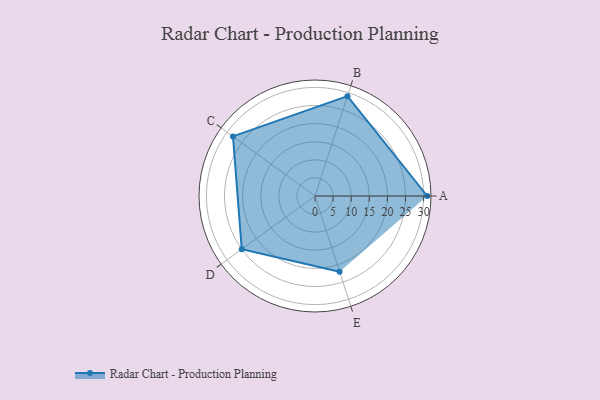
{"axis": {"x": "Skill", "y": "Score"}, "legend": ["Profile"], "data": [{"x": "A", "y": 31.0, "type": "Profile"}, {"x": "B", "y": 29.0, "type": "Profile"}, {"x": "C", "y": 28.0, "type": "Profile"}, {"x": "D", "y": 25.0, "type": "Profile"}, {"x": "E", "y": 22.0, "type": "Profile"}]}